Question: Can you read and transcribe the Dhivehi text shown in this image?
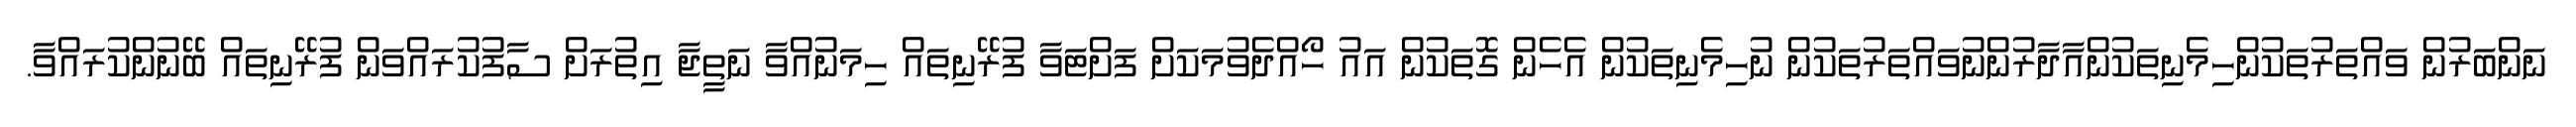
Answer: ނަންބަރުން ވައްތަރުތަކުންހިމެނިތަކުންއާދާރުންނުވައްތަރުތަކުން ނުހިމެނިތަކުން އެހެން ގޮތަކުން އައު ހޯއްދެވުމަކަށް ފަށްޓަވާ ފުރޭނިތައް ހިމަނުއްވާ ނަތީޖާ އިތުރަށް ސާފުކުރައްވަން ފުރޭނިތައް ބޭނުންކުރައްވާ.